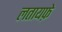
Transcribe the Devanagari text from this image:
लतायफ़े